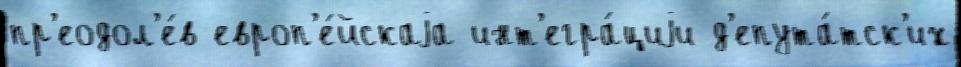
пр'еодол'е́в европ'е́йскаjа инт'егра́циjи д'епута́тск'их